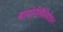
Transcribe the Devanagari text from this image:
बायोरीमैडियेशन